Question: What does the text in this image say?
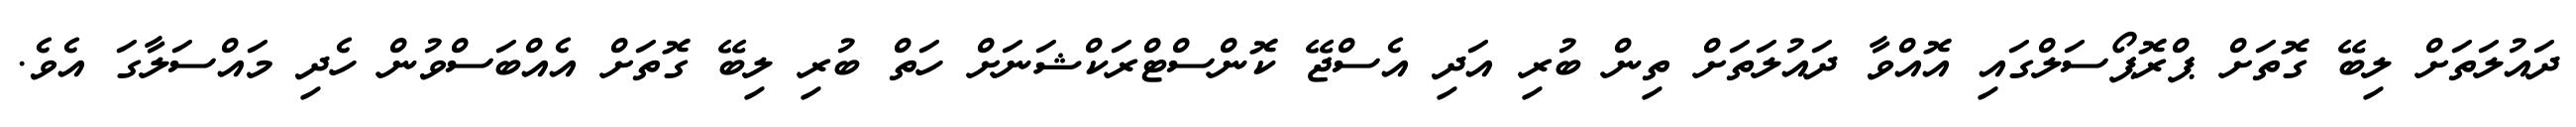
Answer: ދައުލަތަށް ލިބޭ ގޮތަށް ޕްރޮޕޯސަލްގައި އޮއްވާ ދައުލަތަށް ތިން ބުރި އަދި އެސްޖޭ ކޮންސްޓްރަކްޝަނަށް ހަތް ބުރި ލިބޭ ގޮތަށް އެއްބަސްވުން ހެދި މައްސަލާގަ އެވެ.